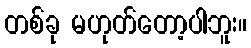
တစ်ခု မဟုတ်တော့ပါဘူး။